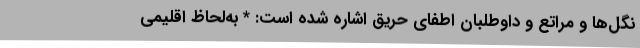
نگل‌ها و مراتع و داوطلبان اطفای حریق اشاره شده است: * به‌لحاظ اقلیمی